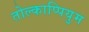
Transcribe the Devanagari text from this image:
तोल्काप्पियुम